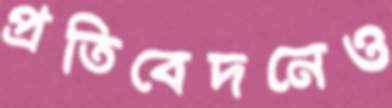
প্রতিবেদনেও